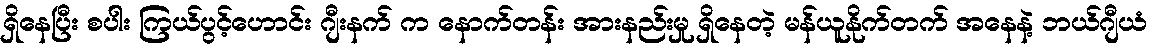
ရှိနေပြီး စပါး ကြယ်ပွင့်ဟောင်း ဂျီးနက် က နောက်တန်း အားနည်းမှု ရှိနေတဲ့ မန်ယူနိုက်တက် အနေနဲ့ ဘယ်ဂျီယံ